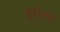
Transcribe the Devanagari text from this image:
इरोन्गो